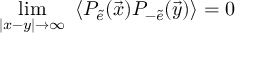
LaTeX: \operatorname * { l i m } _ { \vert x - y \vert \rightarrow \infty } ~ \langle P _ { \tilde { e } } ( \vec { x } ) P _ { - \tilde { e } } ( \vec { y } ) \rangle = 0